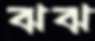
ঝঝ